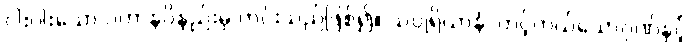
ငါးပါးသော ပဟာနဝိနည်းမှ ကင်းသည်ဖြစ်၍။ သပ္ပုရိယာနံ၊ တင့်တယ်သောဂုဏ်နှင့်